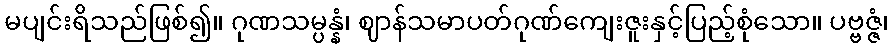
မပျင်းရိသည်ဖြစ်၍။ ဂုဏသမ္ပန္နံ၊ ဈာန်သမာပတ်ဂုဏ်ကျေးဇူးနှင့်ပြည့်စုံသော။ ပဗ္ဗဇ္ဇံ၊